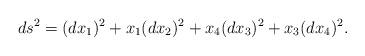
LaTeX: \begin{align*} ds^{2}=(dx_{1})^{2}+x_1(dx_{2})^{2}+x_4 (dx_{3})^{2}+x_3(dx_{4})^{2}.\end{align*}